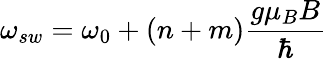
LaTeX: \omega_{sw}=\omega_{0}+(n+m)\frac{g\mu_{B}B}{\hbar}